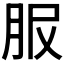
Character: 𦙹